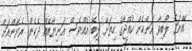
އޭނަގެ ލޯބިވާ އަންހެން ކުއްޖާގެ ހިތަށް ލިބޭ އެއްވެސް އަނިޔާއެއް ދެކެން ރެޔާންއަށް